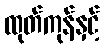
ထုတ်ကုန်နှင့်